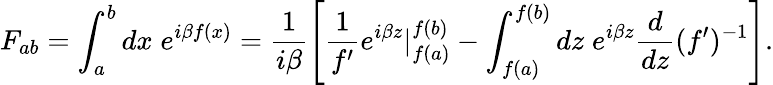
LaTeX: F_{ab}=\int_{a}^{b}dx\; e^{i\beta f(x)}=\frac{1}{i\beta}\left[\frac{1}{f{'}}e^{i\beta z}|_{f(a)}^{f(b)}-\int_{f(a)}^{f(b)}dz\; e^{i\beta z}\frac{d}{dz}(f{'})^{-1}\right].